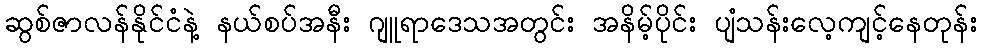
ဆွစ်ဇာလန်နိုင်ငံနဲ့ နယ်စပ်အနီး ဂျူရာဒေသအတွင်း အနိမ့်ပိုင်း ပျံသန်းလေ့ကျင့်နေတုန်း